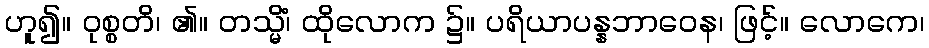
ဟူ၍။ ဝုစ္စတိ၊ ၏။ တသ္မိံ၊ ထိုလောက ၌။ ပရိယာပန္နဘာဝေန၊ ဖြင့်။ လောကေ၊